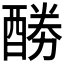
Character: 𮠲